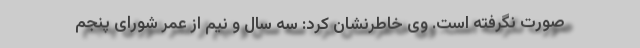
صورت نگرفته است. وی خاطرنشان کرد: سه سال و نیم از عمر شورای پنجم